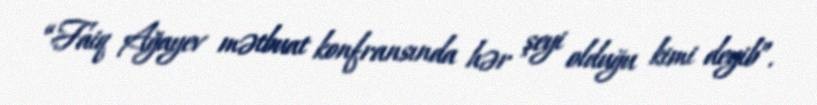
“Faiq Ağayev mətbuat konfransında hər şeyi olduğu kimi deyib”.